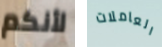
لأنكم العاملات